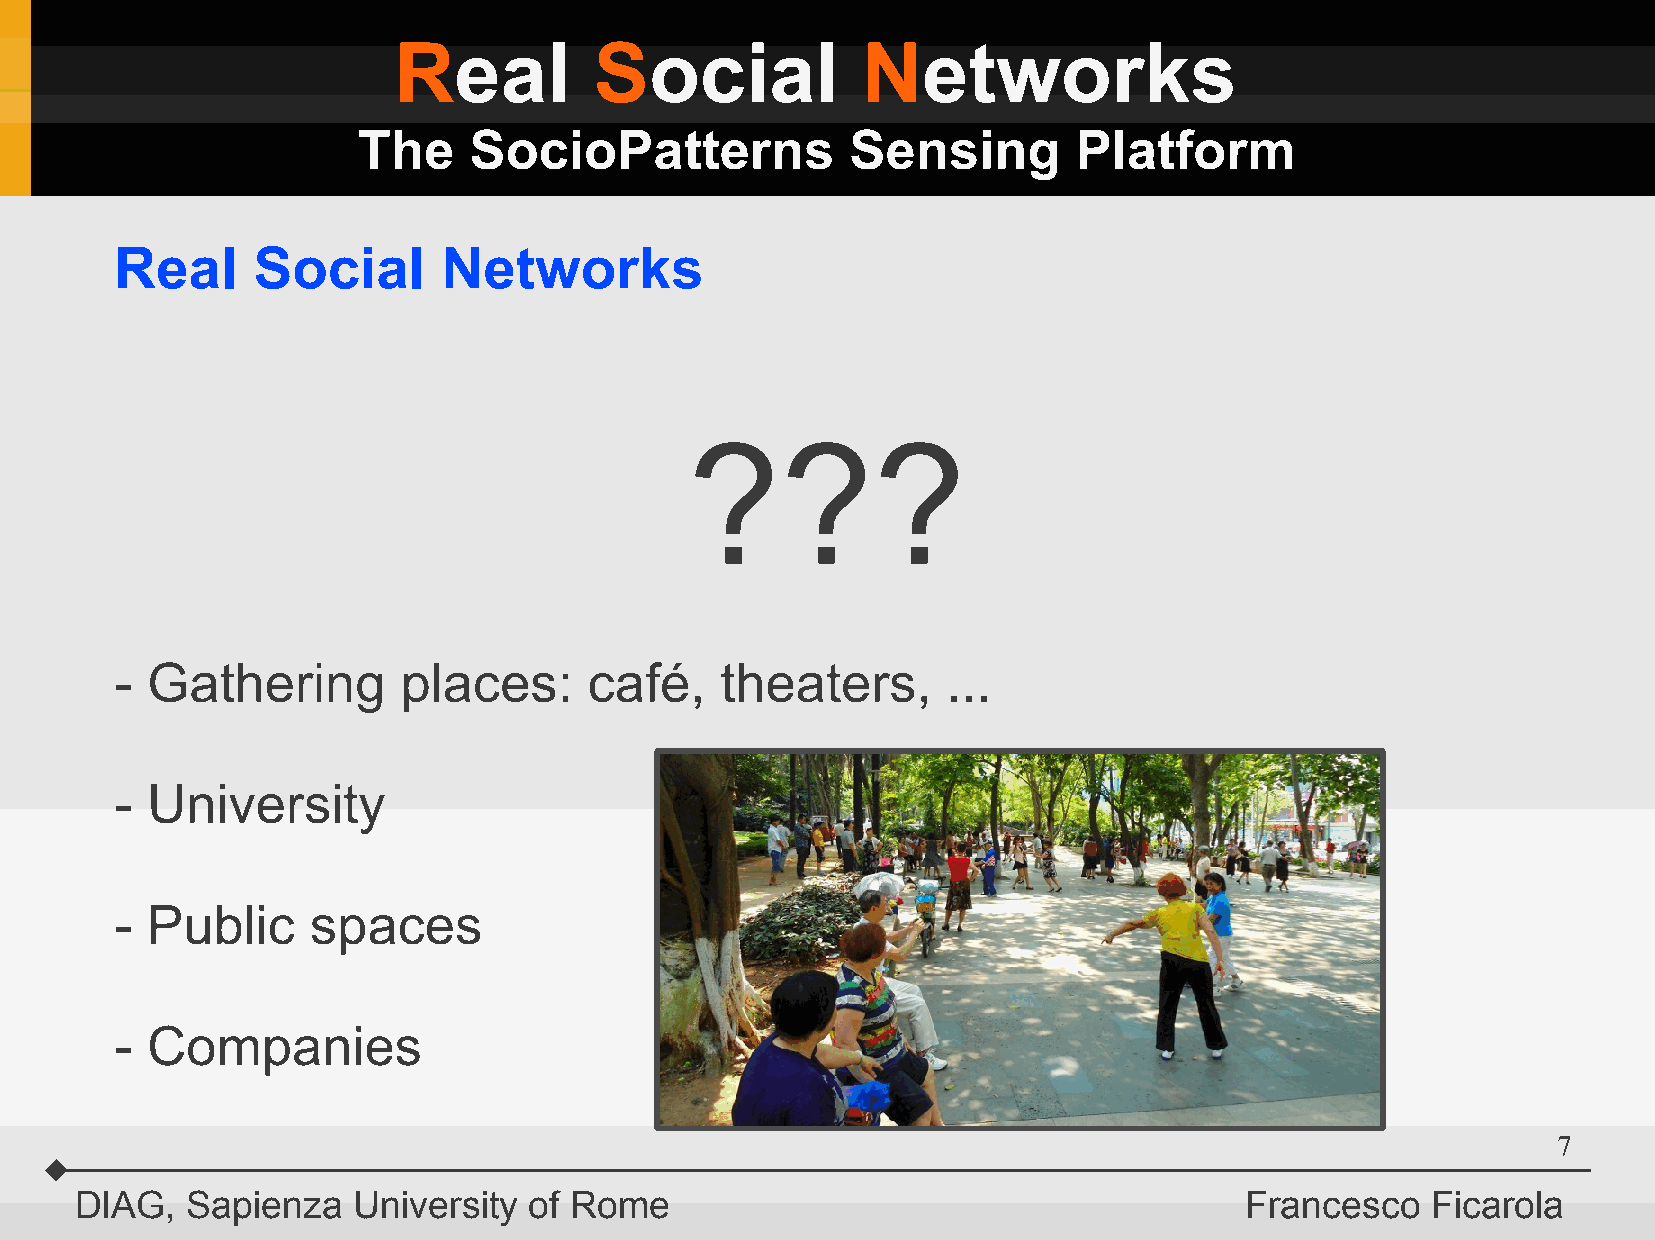
Real         Social            Networks
 The    SocioPatterns            Sensing        Platform
 Real     Social      Networks
 ???
 - Gathering        places:     café,    theaters,      ...
 - University
 - Public     spaces
 - Companies
 7
 DIAG,  Sapienza   University  of Rome                                        Francesco    Ficarola